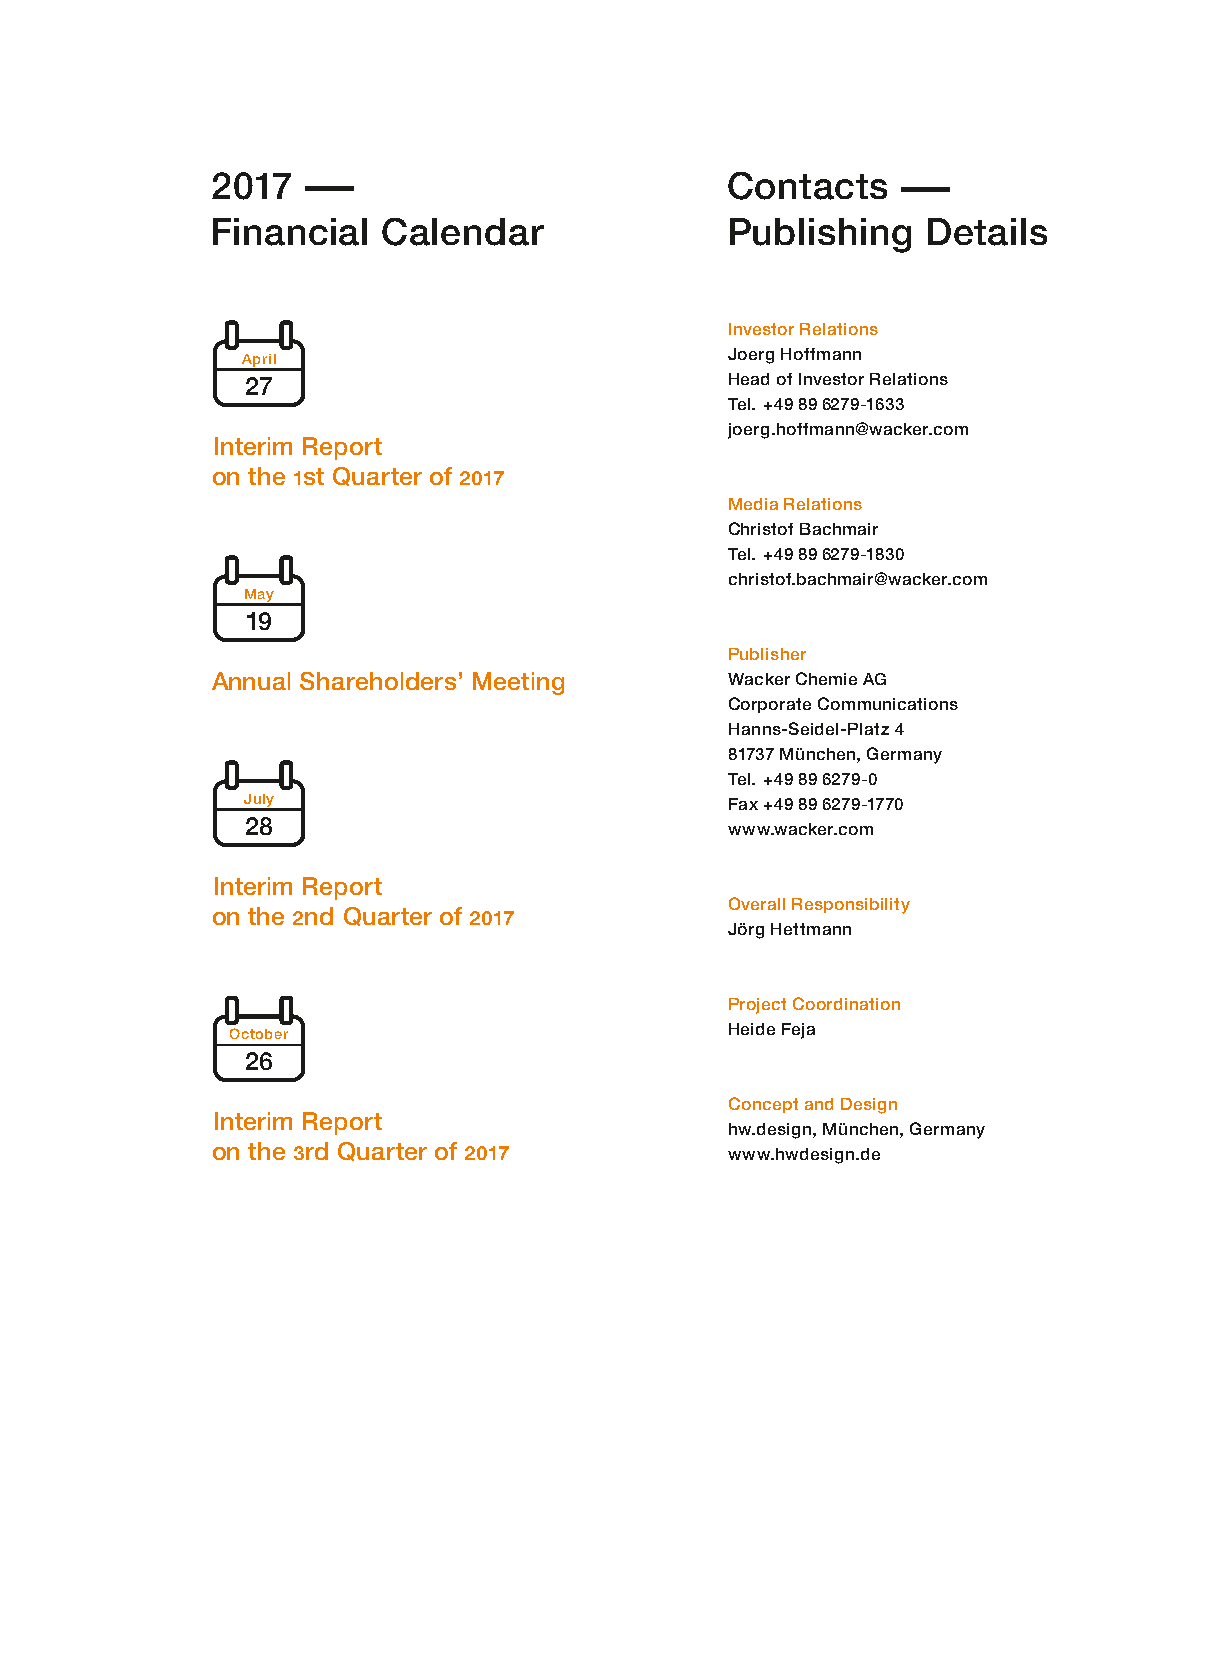
2017  –                           Contacts    –
 Financial  Calendar               Publishing   Details
 Investor Relations
 Joerg Hoffmann
 April
 27                              Head of Investor Relations
 Tel. +49 89 6279-1633
 joerg.hoffmann@wacker.com
 Interim Report
 on the 1st Quarter of 2017
 Media Relations
 Christof Bachmair
 Tel. +49 89 6279-1830
 christof.bachmair@wacker.com
 May
 19
 Publisher
 Annual Shareholders’ Meeting      Wacker Chemie AG
 Corporate Communications
 Hanns-Seidel-Platz 4
 81737 München, Germany
 Tel. +49 89 6279-0
 July                            Fax +49 89 6279-1770
 28                              www.wacker.com
 Interim Report
 Overall Responsibility
 on the 2nd Quarter of 2017
 Jörg Hettmann
 Project Coordination
 Heide Feja
 October
 26
 Concept and Design
 Interim Report
 hw.design, München, Germany
 on the 3rd Quarter of 2017        www.hwdesign.de